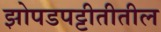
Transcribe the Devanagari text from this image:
झोपडपट्टीतीतील